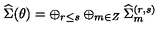
{ \widehat \Sigma } ( \theta ) = \oplus _ { r \leq s } \oplus _ { m \in Z } { \widehat \Sigma } _ { m } ^ { ( r , s ) }